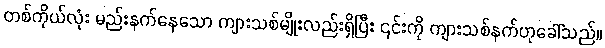
တစ်ကိုယ်လုံး မည်းနက်နေသော ကျားသစ်မျိုးလည်းရှိပြီး ၎င်းကို ကျားသစ်နက်ဟုခေါ်သည်။